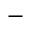
-